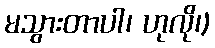
မသွားတာပါ၊ ဟုလို၊)